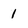
Character: 1